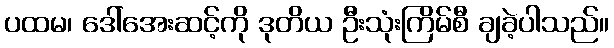
ပထမ၊ ဒေါ်အေးဆင့်ကို ဒုတိယ ဦးသုံးကြိမ်စီ ချခဲ့ပါသည်။